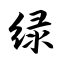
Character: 绿